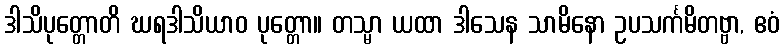
ဒါသိပုတ္တောတိ ဃရဒါသိယာဝ ပုတ္တော။ တသ္မာ ယထာ ဒါသေန သာမိနော ဥပသင်္ကမိတဗ္ဗာ, ဧဝံ